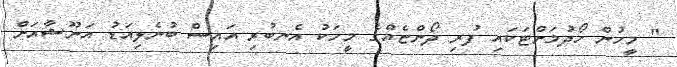
" މީހުން ހޯދުމަށްޓަކައި ފުރި ދޯންޏެއްގެ މީހަކު އެނބުރި އައިސް ބުނެލިއަޑު އަނޫޝާއަށް